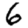
Digit: 6